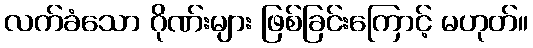
လက်ခံသော ဂိုဏ်းများ ဖြစ်ခြင်းကြောင့် မဟုတ်။